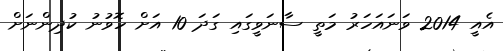
އެއީ 2014 ވަނައަހަރު މަތީ ސާނަވީގައި ގަދަ 10 އަށް ހޮވުނު ކުދިންނަށް